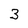
Character: 3